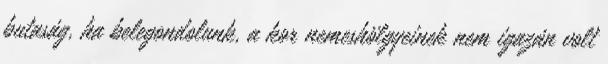
butaság, ha belegondolunk, a kor nemeshölgyeinek nem igazán volt